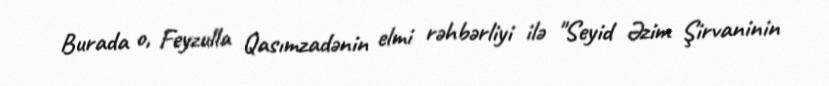
Burada o, Feyzulla Qasımzadənin elmi rəhbərliyi ilə "Seyid Əzim Şirvaninin